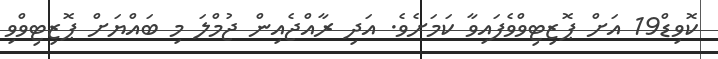
ކޮވިޑް19 އަށް ޕޮޒިޓިވްވެފައިވާ ކަމަށެވެ. އަދި ރާއްޖެއިން ޖުމްލަ މި ބައްޔަށް ޕޮޒިޓިވްވި